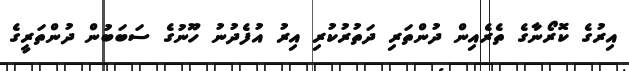
އިރުގެ ކޮރޯނާގެ ތެރެއިން ދުންތަރި ދަތުރުކުރި އިރު އުފެދުނު ހޫނުގެ ސަބަބުން ދުންތަރީގެ